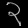
Digit: ၃